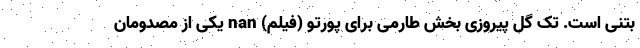
بتنی است. تک گل پیروزی بخش طارمی برای پورتو (فیلم) nan یکی از مصدومان